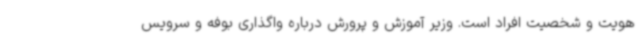
هویت و شخصیت افراد است. وزیر آموزش و پرورش درباره واگذاری بوفه و سرویس